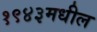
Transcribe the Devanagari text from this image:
१९४३मधील